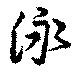
泳